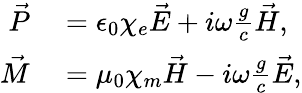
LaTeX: \begin{array}{rl}{\vec{P}}&{{}=\epsilon_{0}\chi_{e}\vec{E}+i\omega\frac{g}{c}\vec{H},}\\ {\vec{M}}&{{}=\mu_{0}\chi_{m}\vec{H}-i\omega\frac{g}{c}\vec{E},}\end{array}